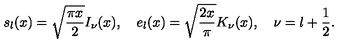
s _ { l } ( x ) = \sqrt { \frac { \pi x } { 2 } } I _ { \nu } ( x ) , \quad e _ { l } ( x ) = \sqrt { \frac { 2 x } { \pi } } K _ { \nu } ( x ) , \quad \nu = l + \frac { 1 } { 2 } .